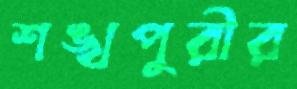
শঙ্খপুরীর